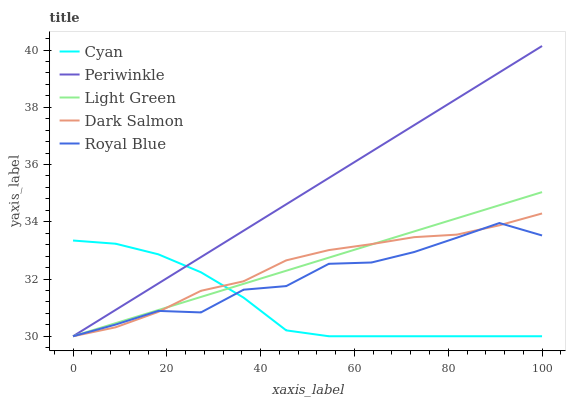
| xaxis_label | Cyan | Periwinkle | Light Green | Dark Salmon | Royal Blue |
 | --- | --- | --- | --- | --- | --- |
 | 0 | 33.3 | 30 | 30 | 30 | 30 |
 | 9.09 | 33.2 | 30.9 | 30.5 | 30.3 | 30.4 |
 | 18.2 | 32.9 | 31.8 | 30.9 | 30.9 | 30.9 |
 | 27.3 | 32.2 | 32.8 | 31.4 | 31.6 | 30.8 |
 | 36.4 | 31.3 | 33.7 | 31.8 | 31.9 | 31.6 |
 | 45.5 | 30.2 | 34.6 | 32.3 | 32.7 | 31.8 |
 | 54.5 | 30 | 35.5 | 32.7 | 33 | 32.5 |
 | 63.6 | 30 | 36.5 | 33.2 | 33.2 | 32.6 |
 | 72.7 | 30 | 37.4 | 33.7 | 33.5 | 32.9 |
 | 81.8 | 30 | 38.3 | 34.1 | 33.5 | 33.4 |
 | 90.9 | 30 | 39.2 | 34.6 | 33.9 | 34 |
 | 100 | 30 | 40.1 | 35 | 34.3 | 33.5 |